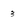
Character: 3